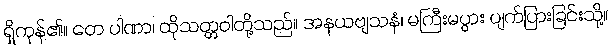
ရှိကုန်၏။ တေ ပါဏာ၊ ထိုသတ္တဝါတို့သည်။ အနယဗျသနံ၊ မကြီးမပွား ပျက်ပြားခြင်းသို့။